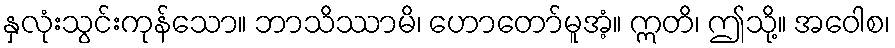
နှလုံးသွင်းကုန်သော။ ဘာသိဿာမိ၊ ဟောတော်မူအံ့။ ဣတိ၊ ဤသို့။ အဝေါစ၊